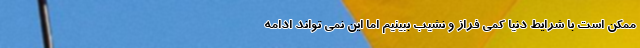
ممکن است با شرایط دنیا کمی فراز و نشیب ببینیم اما این نمی تواند ادامه